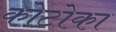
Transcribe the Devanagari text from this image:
कोटोका